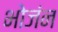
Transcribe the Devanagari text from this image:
भोजंन